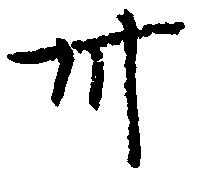
卅